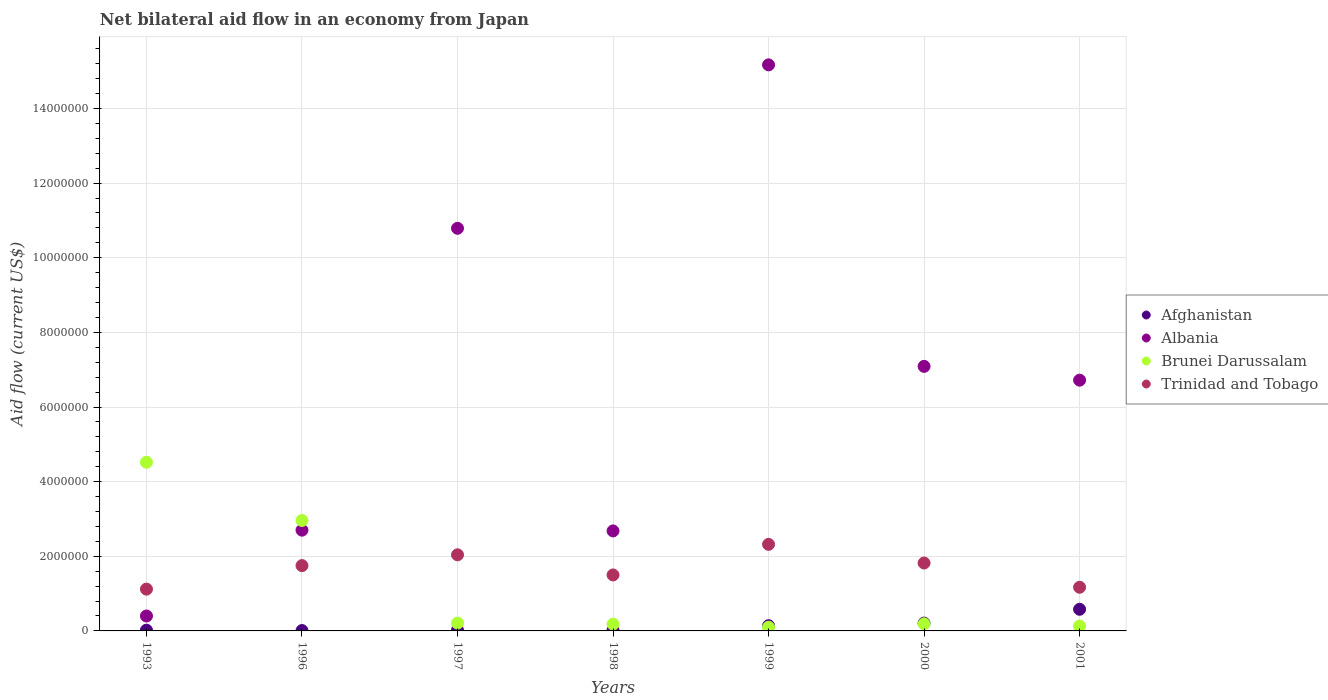
| Years | Afghanistan | Albania | Brunei Darussalam | Trinidad and Tobago |
 | --- | --- | --- | --- | --- |
 | 1993 | 2e+04 | 4e+05 | 4.52e+06 | 1.12e+06 |
 | 1996 | 1e+04 | 2.7e+06 | 2.96e+06 | 1.75e+06 |
 | 1997 | 2e+04 | 1.08e+07 | 2.1e+05 | 2.04e+06 |
 | 1998 | 2e+04 | 2.68e+06 | 1.8e+05 | 1.5e+06 |
 | 1999 | 1.4e+05 | 1.52e+07 | 1e+05 | 2.32e+06 |
 | 2000 | 2.1e+05 | 7.09e+06 | 1.9e+05 | 1.82e+06 |
 | 2001 | 5.8e+05 | 6.72e+06 | 1.3e+05 | 1.17e+06 |